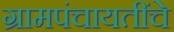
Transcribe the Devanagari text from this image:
ग्रामपंचायतींचे